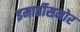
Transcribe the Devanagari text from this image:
इमार्तीसमोर